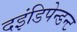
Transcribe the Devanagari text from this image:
दइंडिपेन्डन्ट